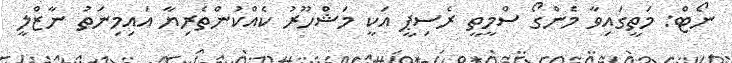
ނޯޓް: މަތީގައިވާ މެންގޯ ސްމީތީ ރެސިޕީ އަކީ މަޝްހޫރު ކެއްކުންތެރިޔާ އައިމިނަތު ނާޒްލީ